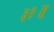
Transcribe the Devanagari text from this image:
३१॥